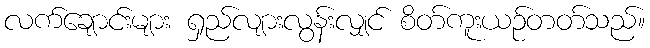
လက်ချောင်းများ ရှည်လျားလွန်းလျှင် စိတ်ကူးယဉ်တတ်သည်။